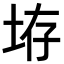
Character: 𪣋